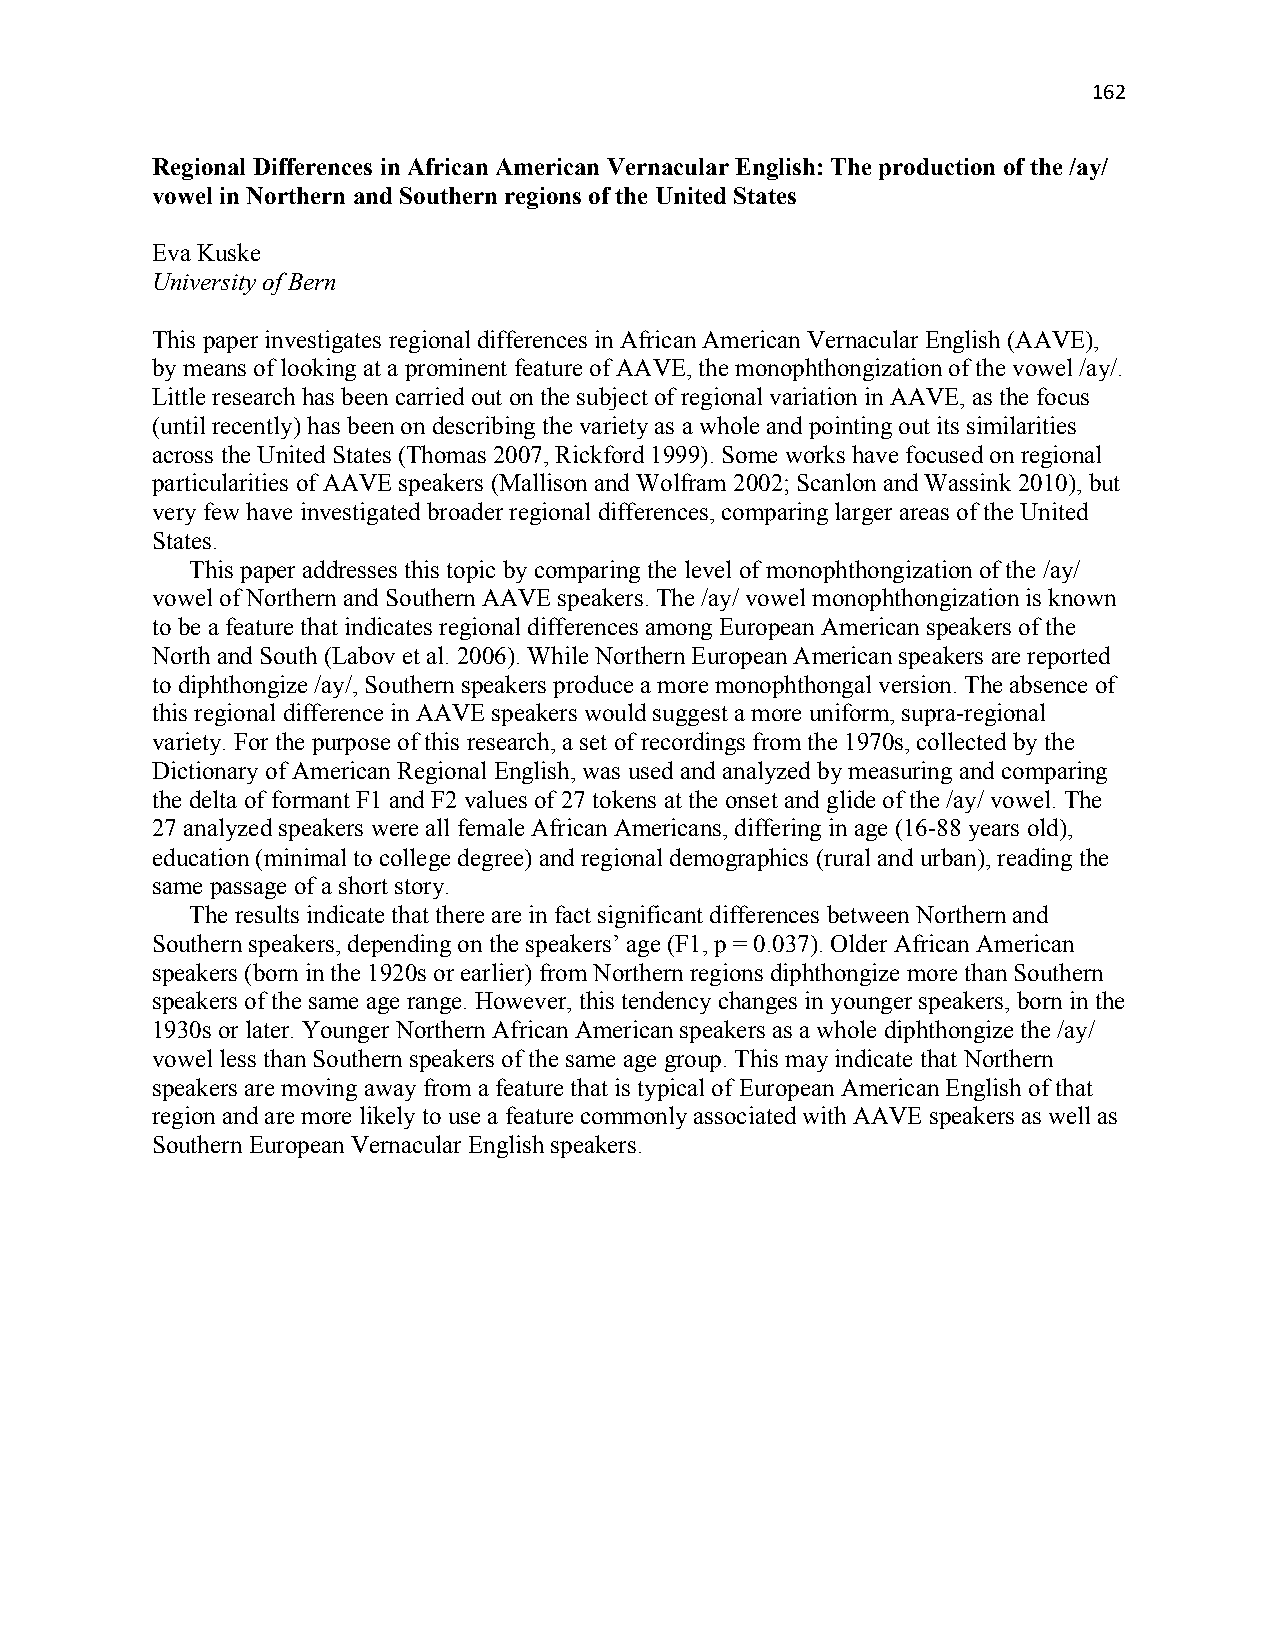
162
 Regional Differences in African American Vernacular English: The production of the /ay/
 vowel in Northern and Southern regions of the United States
 Eva Kuske
 University of Bern
 This paper investigates regional differences in African American Vernacular English (AAVE),
 by means of looking at a prominent feature of AAVE, the monophthongization of the vowel /ay/.
 Little research has been carried out on the subject of regional variation in AAVE, as the focus
 (until recently) has been on describing the variety as a whole and pointing out its similarities
 across the United States (Thomas 2007, Rickford 1999). Some works have focused on regional
 particularities of AAVE speakers (Mallison and Wolfram 2002; Scanlon and Wassink 2010), but
 very few have investigated broader regional differences, comparing larger areas of the United
 States.
 This paper addresses this topic by comparing the level of monophthongization of the /ay/
 vowel of Northern and Southern AAVE speakers. The /ay/ vowel monophthongization is known
 to be a feature that indicates regional differences among European American speakers of the
 North and South (Labov et al. 2006). While Northern European American speakers are reported
 to diphthongize /ay/, Southern speakers produce a more monophthongal version. The absence of
 this regional difference in AAVE speakers would suggest a more uniform, supra-regional
 variety. For the purpose of this research, a set of recordings from the 1970s, collected by the
 Dictionary of American Regional English, was used and analyzed by measuring and comparing
 the delta of formant F1 and F2 values of 27 tokens at the onset and glide of the /ay/ vowel. The
 27 analyzed speakers were all female African Americans, differing in age (16-88 years old),
 education (minimal to college degree) and regional demographics (rural and urban), reading the
 same passage of a short story.
 The results indicate that there are in fact significant differences between Northern and
 Southern speakers, depending on the speakers’ age (F1, p = 0.037). Older African American
 speakers (born in the 1920s or earlier) from Northern regions diphthongize more than Southern
 speakers of the same age range. However, this tendency changes in younger speakers, born in the
 1930s or later. Younger Northern African American speakers as a whole diphthongize the /ay/
 vowel less than Southern speakers of the same age group. This may indicate that Northern
 speakers are moving away from a feature that is typical of European American English of that
 region and are more likely to use a feature commonly associated with AAVE speakers as well as
 Southern European Vernacular English speakers.